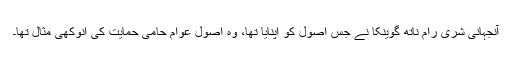
آنجہانی شری رام ناتھ گوینکا نے جس اصول کو اپنایا تھا، وہ اصول عوام حامی حمایت کی انوکھی مثال تھا۔